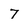
Character: 7